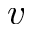
v